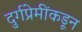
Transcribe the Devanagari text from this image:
दुर्गप्रेमींकडून